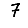
Digit: 7